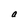
Character: a